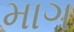
માગ